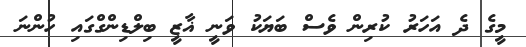
މީގެ ދެ އަހަރު ކުރިން ވެސް ބަޔަކު ވަނީ ޣާޒީ ބިލްޑިންގްގައި ހުންނަ